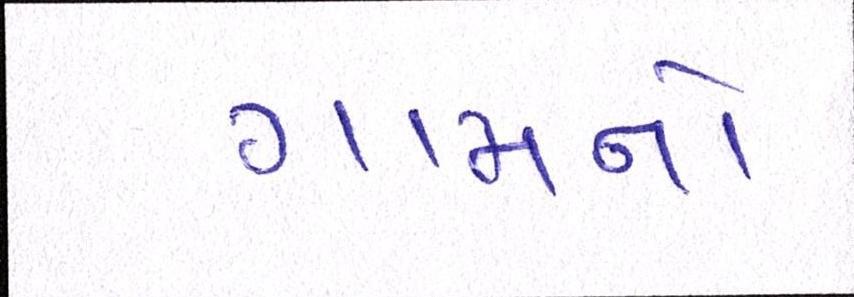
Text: ગામનો